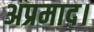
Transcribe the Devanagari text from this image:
अप्रमाद।